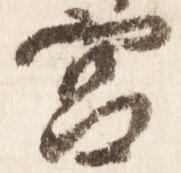
宮